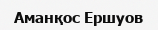
Аманқос Ершуов